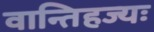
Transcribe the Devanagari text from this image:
वान्तिहज्यः